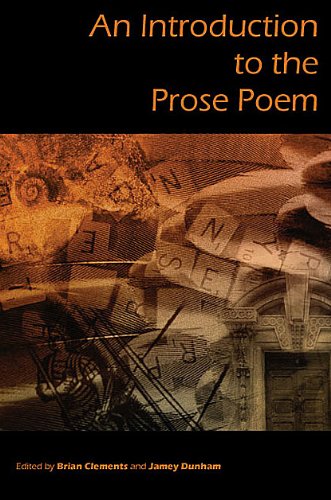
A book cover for An Introduction to the Prose Poem; Literature & Fiction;